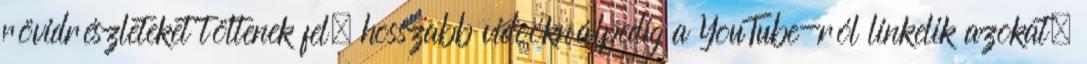
rövidrészleteket töltenek fel, hosszabb videóknálpedig a YouTube-ról linkelik azokat.